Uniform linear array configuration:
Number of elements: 12
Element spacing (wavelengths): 1
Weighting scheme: exponential
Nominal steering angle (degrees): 0
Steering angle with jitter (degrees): -1.929
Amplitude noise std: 0.05
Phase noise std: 0.05

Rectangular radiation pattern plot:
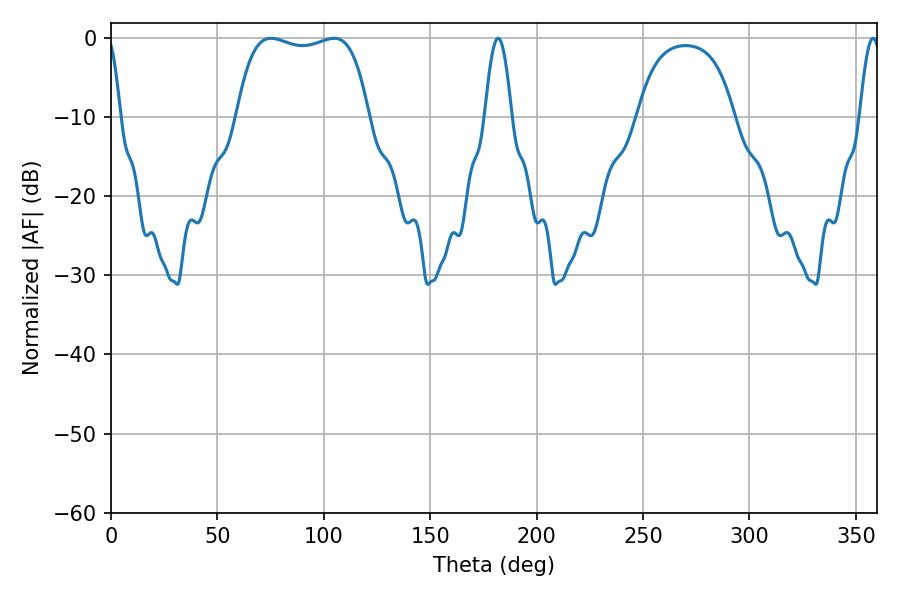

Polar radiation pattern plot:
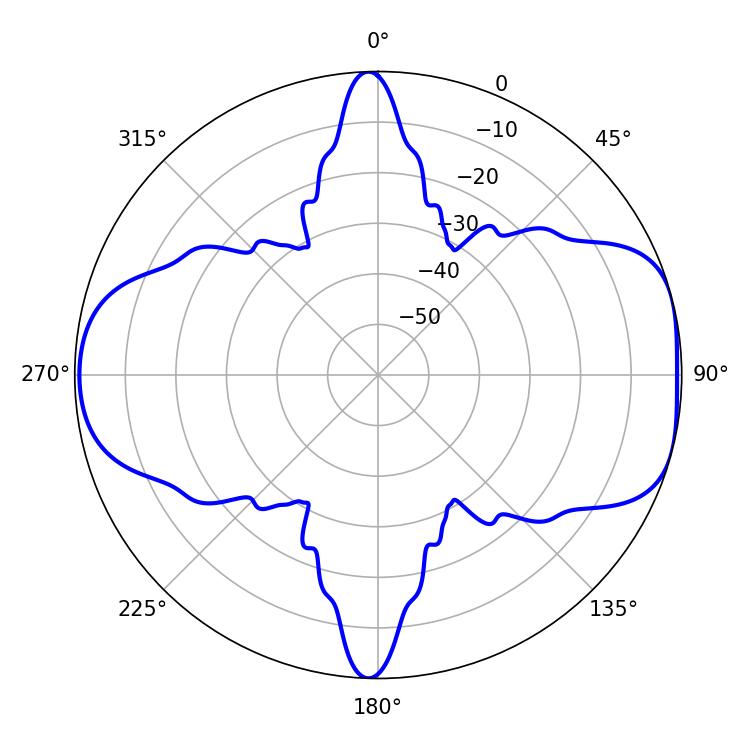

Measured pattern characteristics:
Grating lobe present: TRUE
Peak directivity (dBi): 7.505
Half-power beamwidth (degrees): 49.68
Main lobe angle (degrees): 75.24